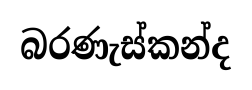
බරණැස්කන්ද